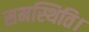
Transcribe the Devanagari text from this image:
समस्थिति।